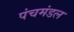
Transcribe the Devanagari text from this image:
पंचमंडल